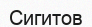
Сигитов